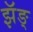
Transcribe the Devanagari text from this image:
झॅङ्